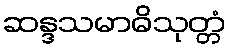
ဆန္ဒသမာဓိသုတ္တံ